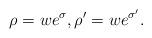
LaTeX: \begin{align*}\rho = we^{\sigma},\rho' = we^{\sigma'}.\end{align*}